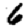
Digit: 6